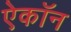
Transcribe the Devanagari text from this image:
ऐकॉन